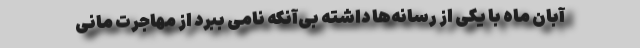
آبان ماه با یکی از رسانه‌ها داشته بی‌آنکه نامی ببرد از مهاجرت مانی